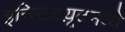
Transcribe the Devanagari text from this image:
इन्स्टिटय़ूटमध्ये